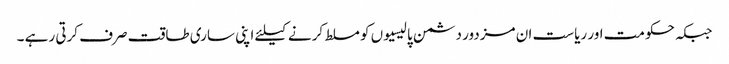
جبکہ حکومت اور ریاست ان مزدور دشمن پالیسیوں کو مسلط کرنے کیلئے اپنی ساری طاقت صرف کرتی رہے ۔